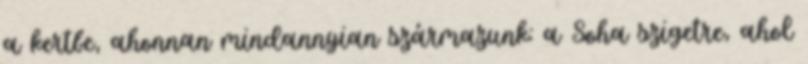
a kertbe, ahonnan mindannyian származunk: a Soha szigetre, ahol